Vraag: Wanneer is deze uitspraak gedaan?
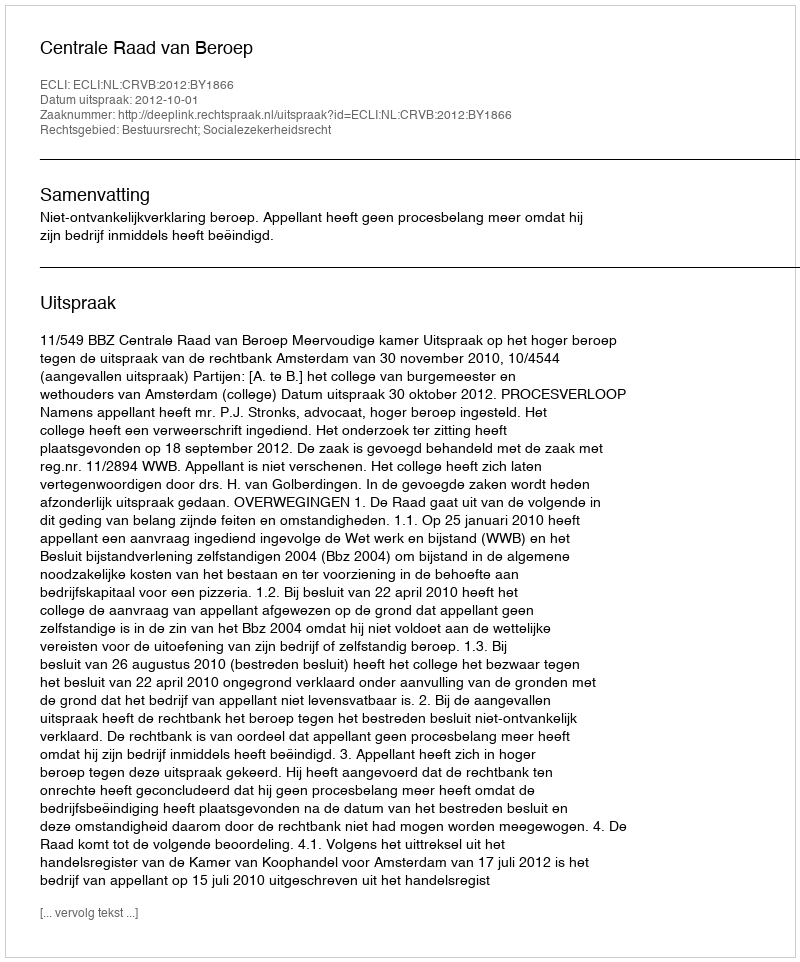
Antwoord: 2012-10-01